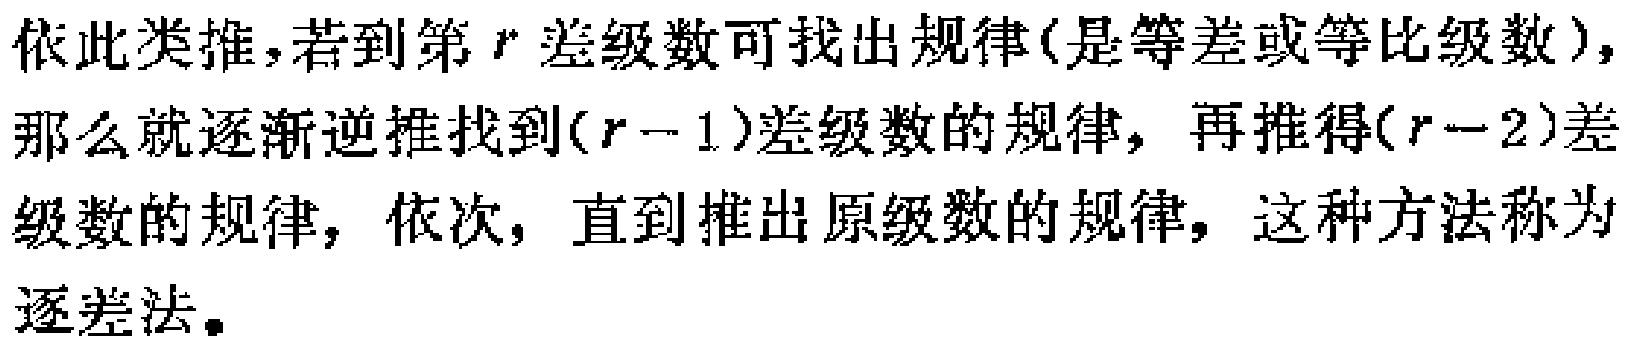
依此类推，若到第\(r\)差级数可找出规律(是等差或等比级数)，那么就逐渐逆推找到\((r - 1)\)差级数的规律，再推得\((r - 2)\)差级数的规律，依次，直到推出原级数的规律，这种方法称为逐差法。